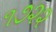
૧૭૨૨